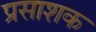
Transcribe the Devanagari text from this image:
प्रसाशक